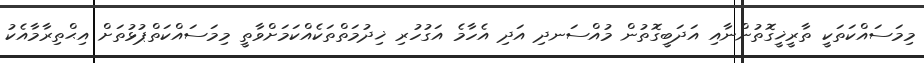
މިމަސައްކަތަކީ ތާރީޚީގޮތުންނާއި އަދަބީގޮތުން މުއްސަނދި އަދި އެހާމެ އަގުހުރި ޚިދުމަތްތަކެއްކަމަށްވާތީ މިމަސައްކަތްޕުޅުތަށް އިޙްތިރާމާއެކު